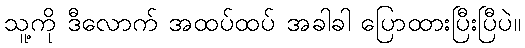
သူ့ကို ဒီလောက် အထပ်ထပ် အခါခါ ပြောထားပြီးပြီပဲ။